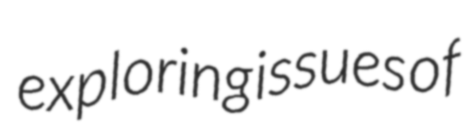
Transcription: exploring issues of